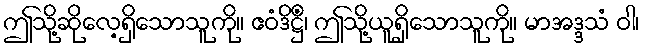
ဤသို့ဆိုလေ့ရှိသောသူကို။ ဧဝံဒိဋ္ဌိံ၊ ဤသို့ယူရှိသောသူကို။ မာအဒ္ဒသံ ဝါ၊